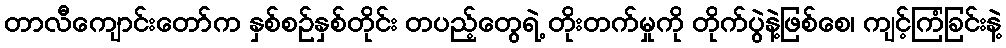
တာလီကျောင်းတော်က နှစ်စဉ်နှစ်တိုင်း တပည့်တွေရဲ့ တိုးတက်မှုကို တိုက်ပွဲနဲ့ဖြစ်စေ၊ ကျင့်ကြံခြင်းနဲ့